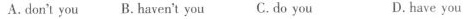
A.don't you B. Haven't you C. Do you D. have you